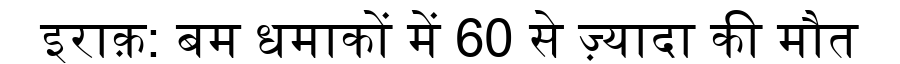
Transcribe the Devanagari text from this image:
इराक़: बम धमाकों में 60 से ज़्यादा की मौत